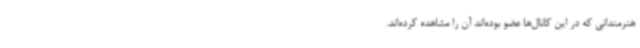
هنرمندانی که در این کانال‌ها عضو بوده‌اند آن را مشاهده کرده‌اند.